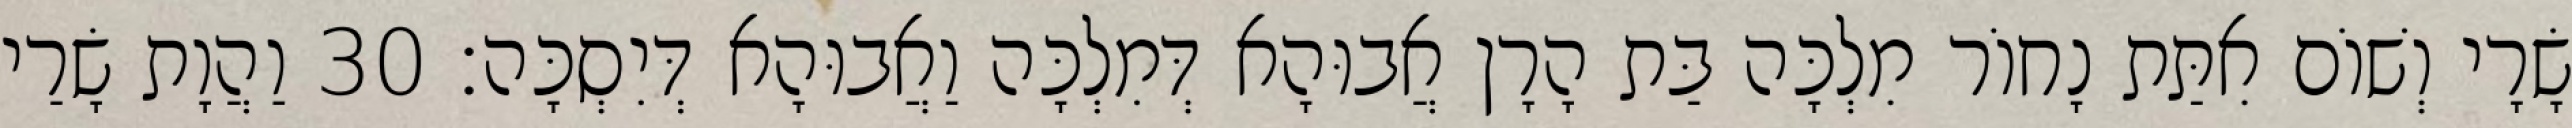
שָׂרָי וְשׁוֹם אִתַּת נָחוֹר מִלְכָּה בַּת הָרָן אֲבוּהָא דְּמִלְכָּה וַאֲבוּהָא דְּיִסְכָּה׃ 30 וַהֲוָת שָׂרַי